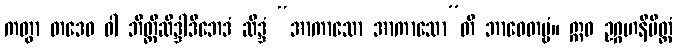
ကတွာ တဒေဝ ဝါ ဘိတ္တိဆိဒ္ဒါဒိဘေဒံ ဆိဒ္ဒံ “အာကာသော အာကာသော”တိ ဘာဝေတဗ္ဗံ။ ဣဓ ဥဂ္ဂဟနိမိတ္တံ